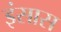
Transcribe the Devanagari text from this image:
इंसास